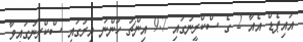
އައިޕެޑް އެއާ 2 ގެ ސްކްރީނުގައި 9.7 އިންޗު ހުންނަ އިރުގައި ސްކްރީނުގައިވާ